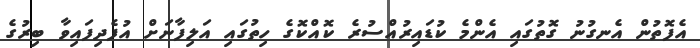
އެފޮތުން އެނގުނު ގޮތުގައި އެންމެ ކުޑައިރުއްސުރެ ކޮއްކޮގެ ހިތުގައި އަލިފާނަށް އުފެދިފައިވާ ބިރުގެ